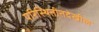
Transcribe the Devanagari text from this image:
परिस्थितीतदेखील